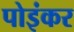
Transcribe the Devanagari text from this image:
पोइंकर